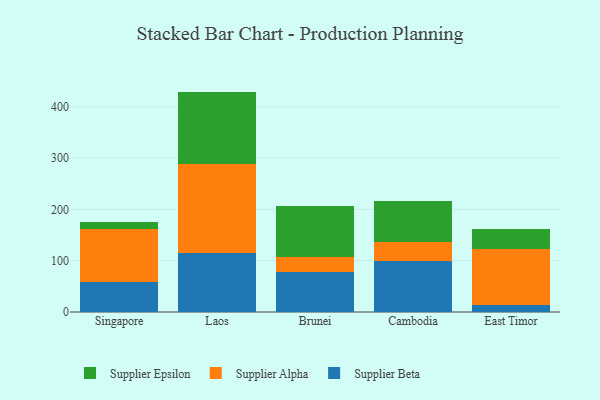
{"axis": {"x": "Country", "y": "Headcount"}, "legend": ["Supplier Alpha", "Supplier Beta", "Supplier Epsilon"], "data": [{"x": "Singapore", "y": 58.6, "type": "Supplier Beta"}, {"x": "Singapore", "y": 102.5, "type": "Supplier Alpha"}, {"x": "Singapore", "y": 13.8, "type": "Supplier Epsilon"}, {"x": "Laos", "y": 115.2, "type": "Supplier Beta"}, {"x": "Laos", "y": 174.1, "type": "Supplier Alpha"}, {"x": "Laos", "y": 140.3, "type": "Supplier Epsilon"}, {"x": "Brunei", "y": 77.6, "type": "Supplier Beta"}, {"x": "Brunei", "y": 28.8, "type": "Supplier Alpha"}, {"x": "Brunei", "y": 100.9, "type": "Supplier Epsilon"}, {"x": "Cambodia", "y": 98.7, "type": "Supplier Beta"}, {"x": "Cambodia", "y": 36.9, "type": "Supplier Alpha"}, {"x": "Cambodia", "y": 81.3, "type": "Supplier Epsilon"}, {"x": "East Timor", "y": 12.7, "type": "Supplier Beta"}, {"x": "East Timor", "y": 109.8, "type": "Supplier Alpha"}, {"x": "East Timor", "y": 40.0, "type": "Supplier Epsilon"}]}